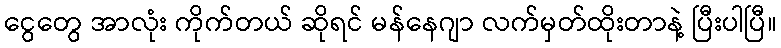
ငွေတွေ အာလုံး ကိုက်တယ် ဆိုရင် မန်နေဂျာ လက်မှတ်ထိုးတာနဲ့ ပြီးပါပြီ။